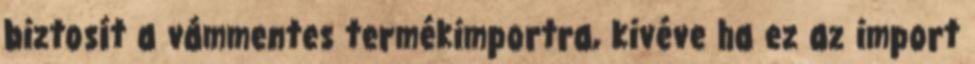
biztosít a vámmentes termékimportra, kivéve ha ez az import